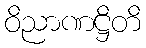
ဝိညာဏဋ္ဌိတိ